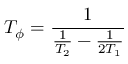
T _ { \phi } = \frac { 1 } { \frac { 1 } { T _ { 2 } } - \frac { 1 } { 2 T _ { 1 } } }